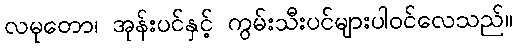
လမုတော၊ အုန်းပင်နှင့် ကွမ်းသီးပင်များပါဝင်လေသည်။